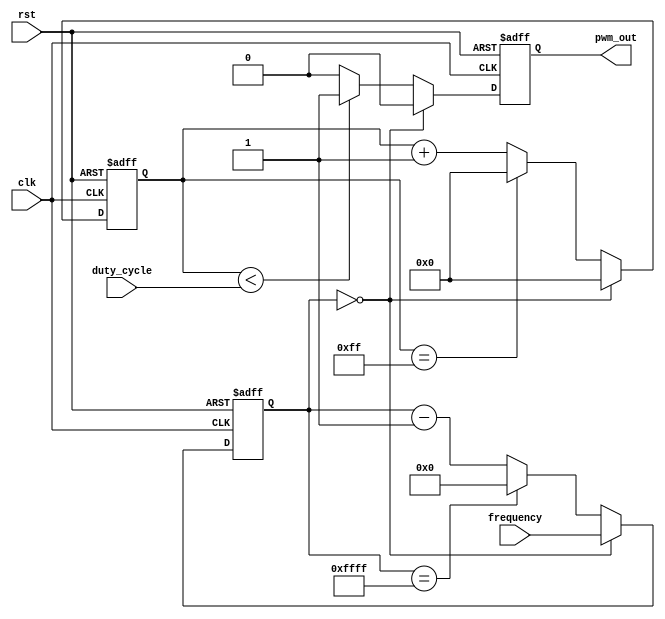
module PWM_Pulse_Generator (
    input wire clk,          // External clock signal
    input wire rst,          // Reset signal
    input wire [7:0] duty_cycle,   // Duty cycle setting
    input wire [15:0] frequency,   // Frequency setting
    output reg pwm_out        // PWM output signal
);

reg [7:0] count = 8'b0;     // Counter for duty cycle
reg [15:0] period = 16'b0;  // Period counter for frequency

always @ (posedge clk or posedge rst) begin
    if (rst) begin
        count <= 8'b0;
        period <= 16'b0;
        pwm_out <= 1'b0;
    end else begin
        if (period == 0) begin
            period <= frequency;
            count <= 8'b0;
            pwm_out <= 1'b0;
        end else begin
            if (count < duty_cycle) begin
                pwm_out <= 1'b1;
            end else begin
                pwm_out <= 1'b0;
            end

            if (count == 255) begin
                count <= 8'b0;
            end else begin
                count <= count + 1;
            end

            if (period == 65535) begin
                period <= 16'b0;
            end else begin
                period <= period - 1;
            end
        end
    end
end

endmodule